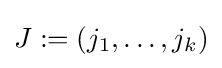
J:=(j_{1},\ldots ,j_{k})